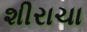
શીરાચા